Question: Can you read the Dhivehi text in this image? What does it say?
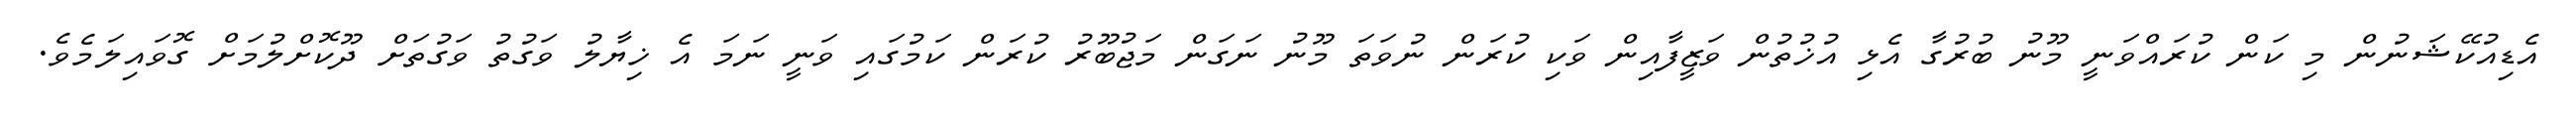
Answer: އެޑިއުކޭޝަނުން މި ކަން ކުރައްވަނީ މޫނު ބުރުގާ އެޅި އުޚުތުން ވަޒީފާއިން ވަކި ކުރަން ނުވަތަ މޫނު ނަގަން މަޖުބޫރު ކުރަން ކަމުގައި ވަނީ ނަމަ އެ ޚިޔާލު ވަގުތު ވަގުތަށް ދޫކޮށްލުމަށް ގޮވައިލަމެވެ.